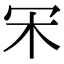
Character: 𣎾